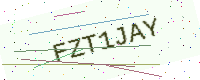
Text: FZT1JAY